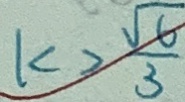
k > \frac { \sqrt { 6 } } { 3 }